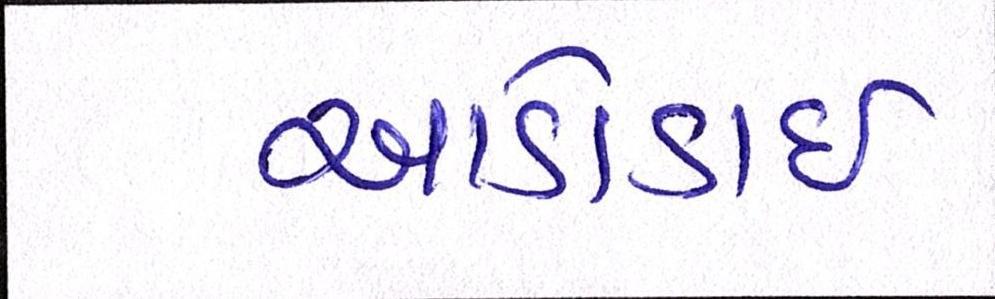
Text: આડોડાઈ